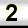
Digit: 2